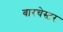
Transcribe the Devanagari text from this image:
बारचेस्टर